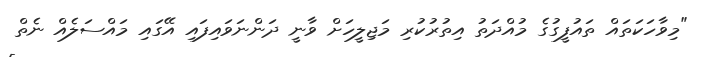
"މިވާހަކަތައް ތައުފީގުގެ މުއްދަތު އިތުރުކުރި މަޖިލީހަށް ވާނީ ދަންނަވައިފައި އޭގައި މައްސަލެއް ނެތް